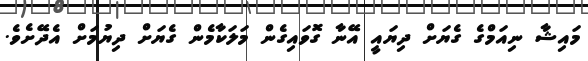
މައިޝާ ނިއަމްގެ ގެޔަށް ދިޔައީ އޭނާ ގޮވައިގެން މަލަކާމެން ގެޔަށް ދިޔުމަށް އެދޭށެވެ.